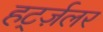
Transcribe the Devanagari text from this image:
हर्ट्ज़लर